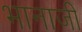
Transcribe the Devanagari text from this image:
भानाजी